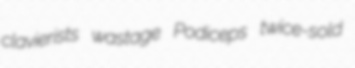
clavierists wastage Podiceps twice-sold